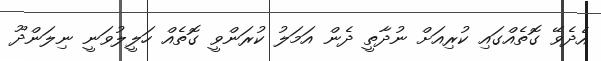
އެދެވޭ ގޮތެއްގައި ކުރިއަށް ނުދާތީ ދެން އަމަލު ކުރަންވީ ގޮތެއް ހަލީލުވަނީ ނިލަންދޫ